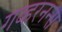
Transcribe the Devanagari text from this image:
गव्हरनन्स